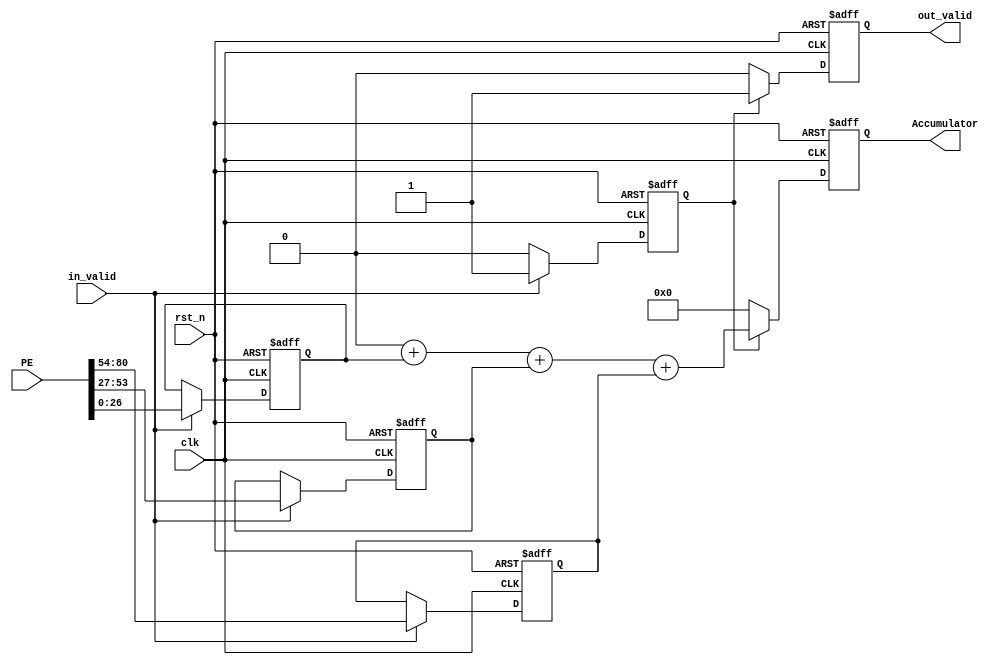


// ===============================================================
// TOP MODULE
// ===============================================================
module Accumulator
#(
    parameter IFM_BIT = 8,
    parameter W_BIT = 8,
    parameter K=3,
    parameter IN_CH=512
    // parameter out_ch = 512

)
(
    // input
	clk,
	rst_n,
    in_valid,
    PE,

    // output
    out_valid,
    Accumulator
    
);


// ===============================================================
// Parameter & Integer Declaration
// ===============================================================
integer i,idx_out_ch;
localparam BIT_PE           = IFM_BIT + W_BIT + $clog2(K*IN_CH);
localparam BIT_ACCUMULATOR  = IFM_BIT + W_BIT + $clog2(K*K*IN_CH);
reg [BIT_PE-1:0] pe[0:K-1];
reg [BIT_ACCUMULATOR-1:0] tmp_accumu;
parameter STATE_IDLE = 1'd0;
parameter STATE_CALCULATE = 1'd1;
reg cur_state, next_state;



// ===============================================================
// Input & Output Declaration
// ===============================================================
input clk, in_valid, rst_n;
input [K*BIT_PE-1 : 0] PE;
output reg out_valid;
output reg [BIT_ACCUMULATOR-1:0] Accumulator;


//================================================================
// DESIGN
//================================================================
// FSM
always@(posedge clk or negedge rst_n)begin
    if(!rst_n)begin
        cur_state <= STATE_IDLE;
    end
    else begin
        cur_state <= next_state;
    end
end
always@*begin
    next_state = cur_state;
    
    case(cur_state)
    STATE_IDLE:begin
        next_state = STATE_IDLE;
        if(in_valid)begin
            next_state = STATE_CALCULATE;
        end
    end
    STATE_CALCULATE:begin
        next_state = STATE_IDLE;
        if(in_valid)begin
            next_state = STATE_CALCULATE;
        end
    end
    endcase
end

// distribute input signal
always@(posedge clk or negedge rst_n)begin
    if(!rst_n)begin
        for(i=0;i<K;i=i+1)begin
            pe[i] <= 0;
        end
    end
    else if(in_valid)begin
        for(i=0;i<K;i=i+1)begin
            pe[i] <= PE[i*BIT_PE +: BIT_PE];
        end
    end
end

// accumulate over K PEs
always @(*) begin
    tmp_accumu = 0;
    for(i=0;i<K;i=i+1)begin
        tmp_accumu = tmp_accumu + pe[i]; // sum up all pe, won't have latch
    end
end

// output
always@(posedge clk or negedge rst_n)begin
    if(!rst_n)begin
        out_valid <=0;
        Accumulator <= 0;
    end
    else if(cur_state==STATE_CALCULATE)begin
        out_valid <= 1;
        Accumulator <= tmp_accumu;
    end
    else begin
        out_valid <= 0;
        Accumulator <= 0;
    end
end



endmodule